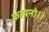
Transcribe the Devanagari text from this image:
कायनो।।